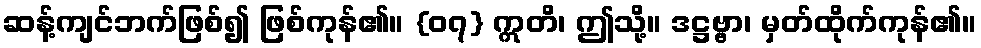
ဆန့်ကျင်ဘက်ဖြစ်၍ ဖြစ်ကုန်၏။ {၀၇} ဣတိ၊ ဤသို့။ ဒဋ္ဌဗ္ဗာ၊ မှတ်ထိုက်ကုန်၏။